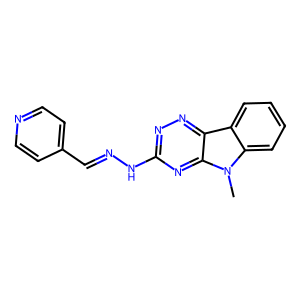
SMILES: Cn1c2ccccc2c2nnc(NN=Cc3ccncc3)nc21
Inhibits HIV replication: No